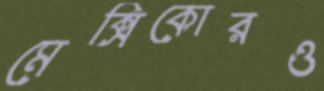
মেক্সিকোরও